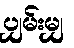
ပျှမ်းမျှ